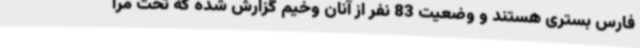
فارس بستری هستند و وضعیت 83 نفر از آنان وخیم گزارش شده که تحت مرا